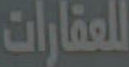
للعقارات